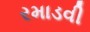
રમાડવી